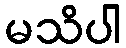
မသိပါ